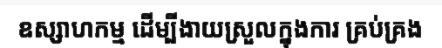
ឧស្សាហកម្ម ដើម្បីងាយស្រួលក្នុងការ គ្រប់គ្រង